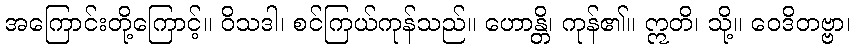
အကြောင်းတို့ကြောင့်။ ဝိသဒါ၊ စင်ကြယ်ကုန်သည်။ ဟောန္တိ၊ ကုန်၏။ ဣတိ၊ သို့။ ဝေဒိတဗ္ဗာ၊